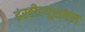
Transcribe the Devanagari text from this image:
इंस्‍टीटयूशनल